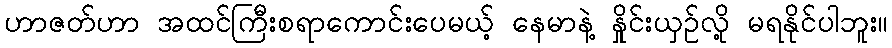
ဟာဇတ်ဟာ အထင်ကြီးစရာကောင်းပေမယ့် နေမာနဲ့ နှိုင်းယှဉ်လို့ မရနိုင်ပါဘူး။